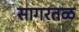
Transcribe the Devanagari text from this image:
सागरतळ